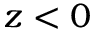
z < 0